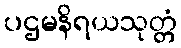
ပဌမနိရယသုတ္တံ